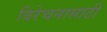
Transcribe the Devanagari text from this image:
विरेचनासाठी